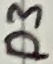
Text: D3